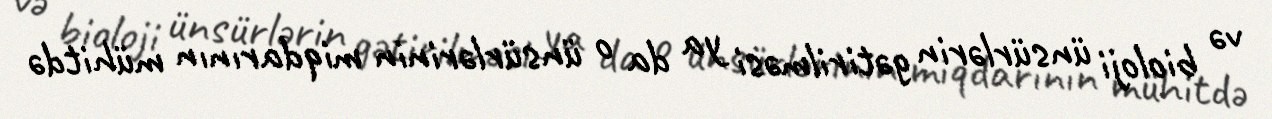
və bioloji ünsürlərin gətirilməsi ya da o ünsürlərinin miqdarının mühitdə